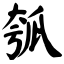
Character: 瓠